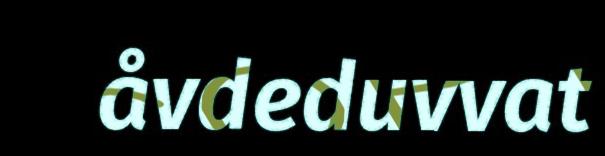
åvdeduvvat